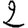
Digit: 2